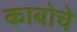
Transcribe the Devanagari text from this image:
काबोचे